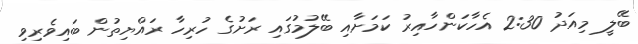
ބޭލީ މިއަދު 2:30 އެހާކަންހާއިރު ކަމަށާއި ބޭލުމުގައި ރަށުގެ ހުރިހާ ރައްޔިތުން ބައިވެރިވި